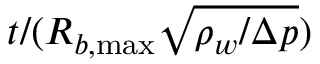
t / ( R _ { b , \operatorname* { m a x } } \sqrt { \rho _ { w } / \Delta p } )